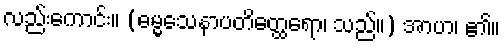
လည်းကောင်း။ (ဓမ္မသေနာပတိတ္ထေရော၊ သည်။) အာဟ၊ ၏။